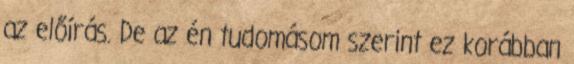
az előírás. De az én tudomásom szerint ez korábban